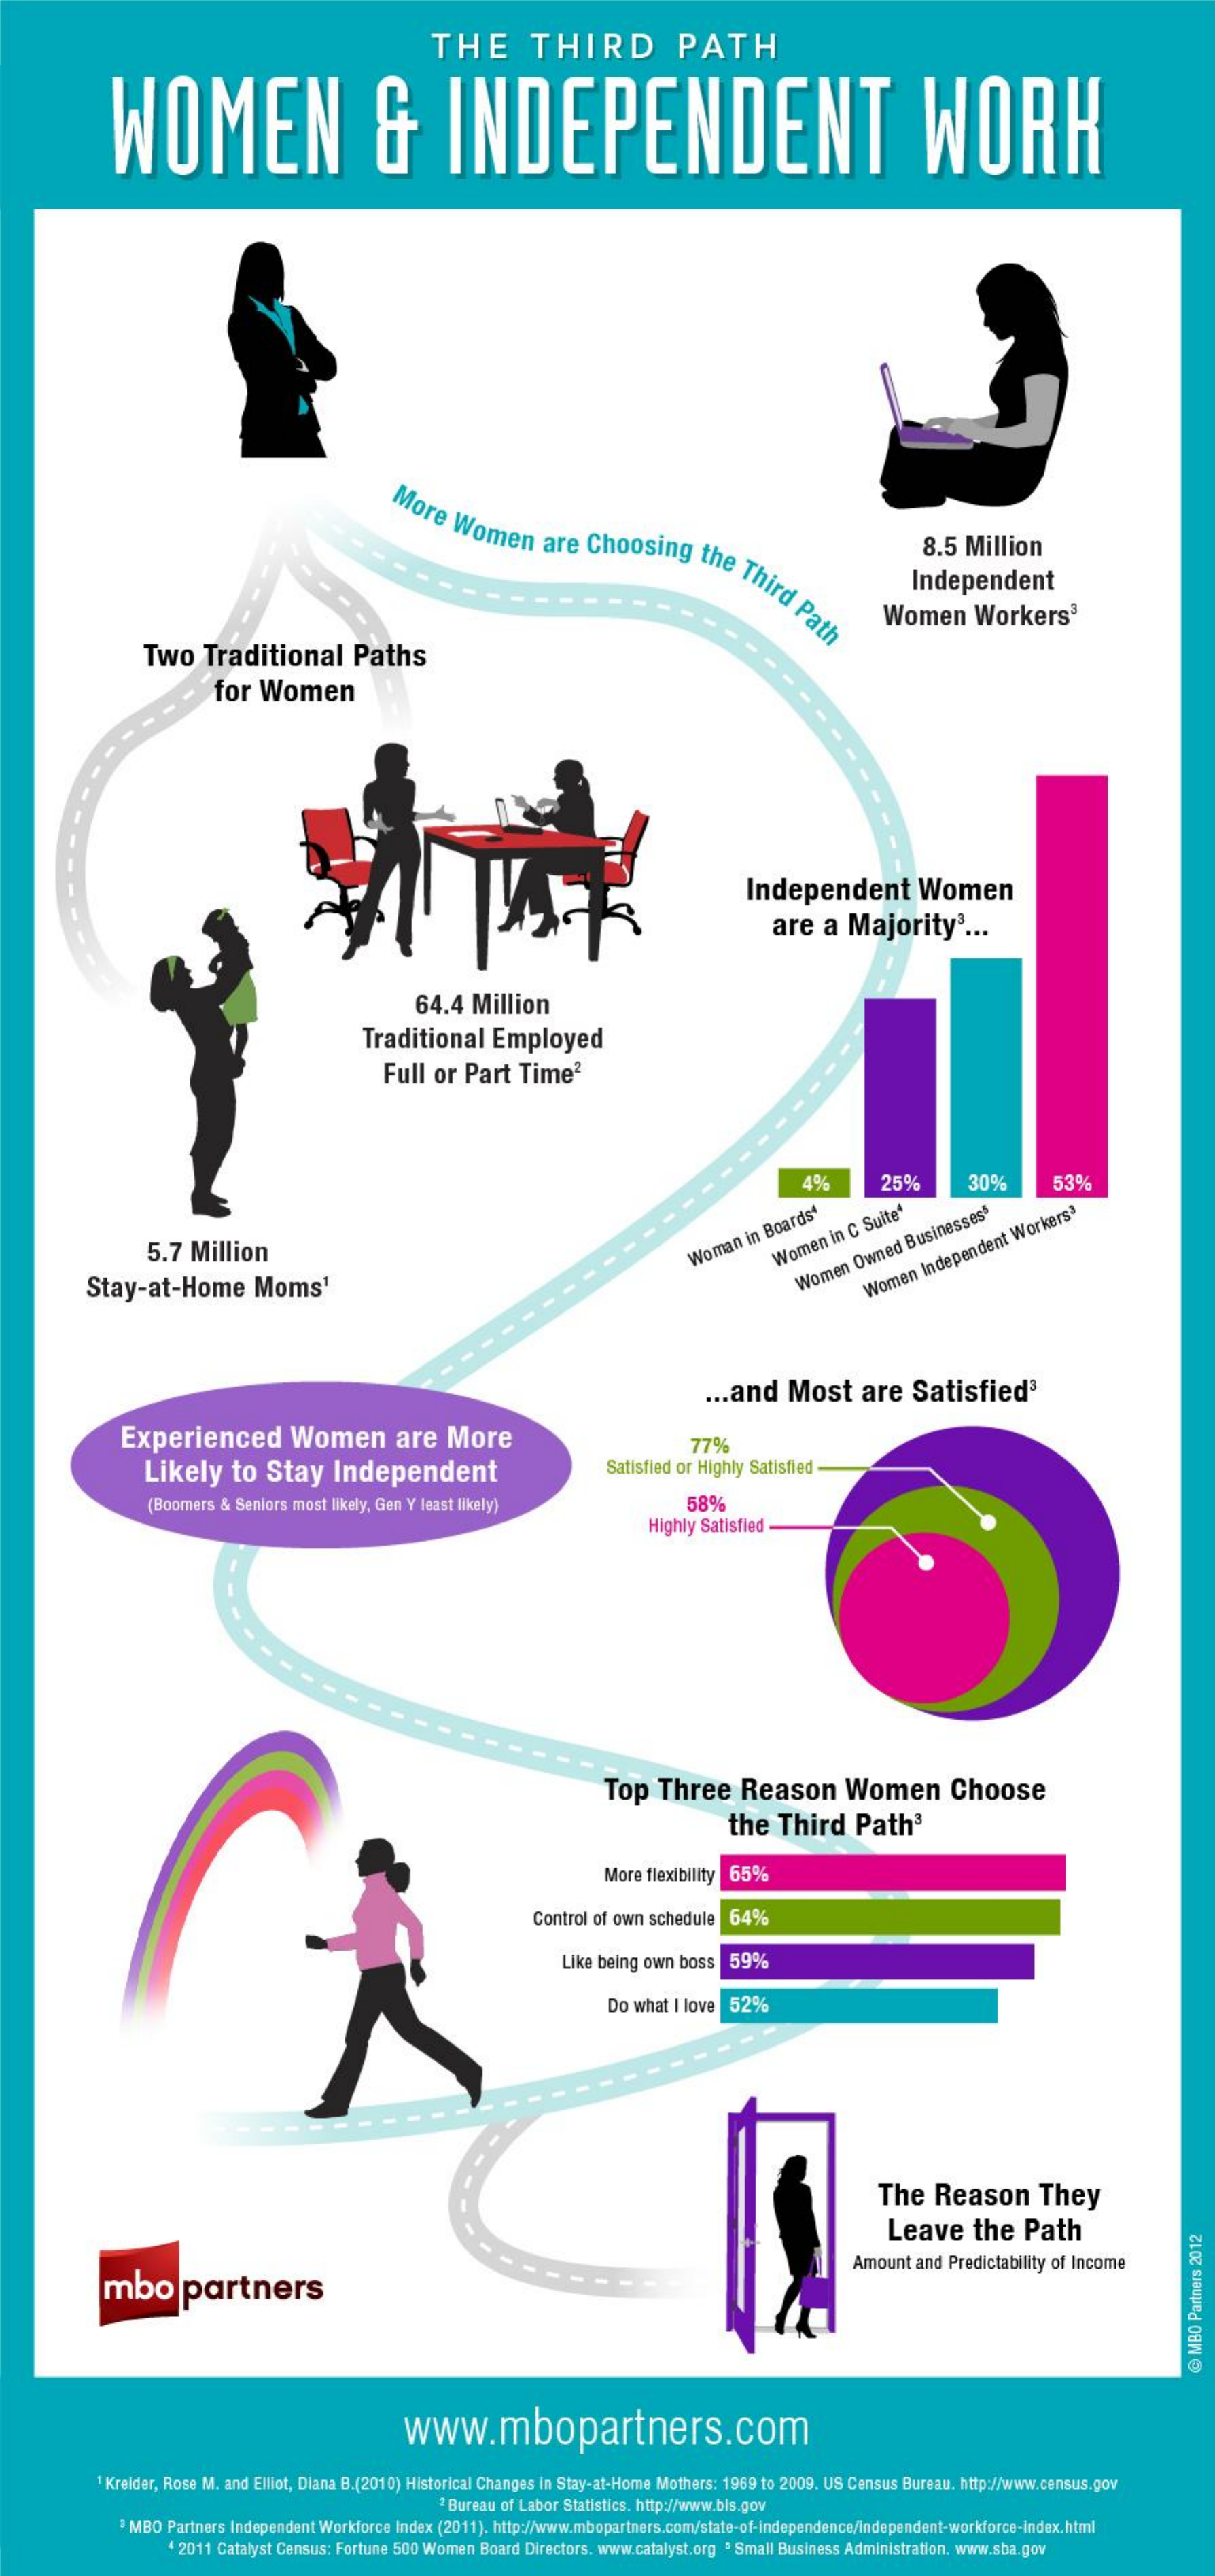
THE    THIRD    PATH
     WOMEN    &    INDEPENDENT    WORK
     More   Women    are  Choosing    the  Third   Path
     8.5  Million
     Independent
     Women    Workers3
     Two    Traditional    Paths
     for   Women
     Independent    Women
     are   a  Majority3    ...
     64.4   Million
     Traditional    Employed
     Full  or  Part   Time2
     4%    25%    30%    539%
     5.7  Million    Women
     in C
     Suite
     Woman
     in
     Boards
     ‘
     Stay-at-Home    Moms1    Women
     Owned
     Businesses
     Women
     Independent
     Workers'
     ... and   Most    are   Satisfied3
     Experienced    Women    are    More
     Likely    to   Stay    Independent
     77%
     Satisfied or Highly Satisfied-
     (Boomers & Seniors most likely, Gen Y least likely)    58%
     Highly Satisfied
     Top    Three    Reason    Women    Choose
     the  Third    Path3
     More flexibility 65%
     Control of own schedule  64%
     Like being own boss   59%
     Do what I love 52%
     The    Reason    They
     Leave    the   Path
     mbo    partners
     Amount  and Predictability of Income
     @
     MBO
     Partners
     2012
     www.mbopartners.com
     1 Kreider, Rose M. and Elliot, Diana B.(2010) Historical Changes in Stay-at-Home Mothers: 1969 to 2009. US Census Bureau. http://www.census.gov
     2 Bureau of Labor Statistics. http://www.bis.gov
     3 MBO Partners Independent Workforce Index (2011). http://www.mbopartners.com/state-of-independence/Independent-workforce-index.html
     4 2011 Catalyst Census: Fortune 500 Women Board Directors. www.catalyst.org . Small Business Administration. www.sba.gov